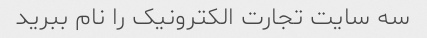
سه سایت تجارت الکترونیک را نام ببرید